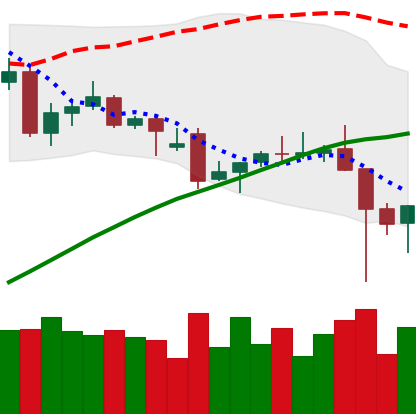
Ticker: TRX-USD
Chart end date: 2021-12-06
Forward return: 4.839%
Label: up_3_5